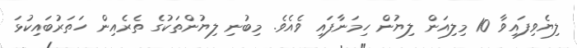
ލިޔެވިފައިވާ 10 މިލިއަން ލިޔުން ހިމަނާފައި ވެއެވެ. މިބުނި ލިޔުންތަކުގެ ތެރެއިން ހަތަރުބައިކުޅަ